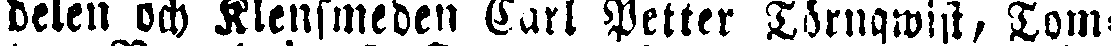
delen och Klensmeden Carl Petter Törnqwist, Tom-